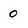
Character: 0